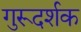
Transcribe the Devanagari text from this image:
गुरूदर्शक